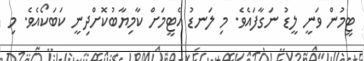
ޓީމުން ވަނީ ލީޑު ނަގާފައެވެ. މި ލަނޑު އެޓީމަށް ކާމިޔާބުކޮށްދިނީ ކަބަކޯއެވެ. މި